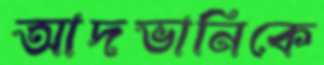
আদভানিকে